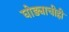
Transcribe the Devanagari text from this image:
घोड्याचीही